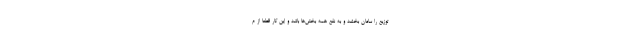
توزیع را سامان بخشد و به نفع همه بخش‌ها باشد و این کار قطعاً از م